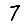
Digit: 7